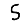
Digit: 5